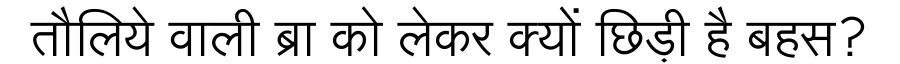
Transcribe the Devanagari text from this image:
तौलिये वाली ब्रा को लेकर क्यों छिड़ी है बहस?